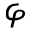
\varphi